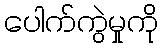
ပေါက်ကွဲမှုကို